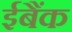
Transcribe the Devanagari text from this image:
ईबैंक